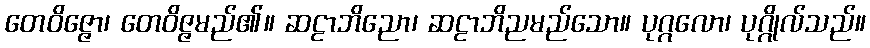
တေဝိဇ္ဇော၊ တေဝိဇ္ဇမည်၏။ ဆဠာဘိညော၊ ဆဠာဘိညမည်သော။ ပုဂ္ဂလော၊ ပုဂ္ဂိုလ်သည်။